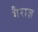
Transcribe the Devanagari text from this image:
गैराज़